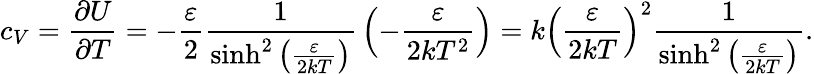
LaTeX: c_{V}={\frac{\partial U}{\partial T}}=-{\frac{\varepsilon}{2}}{\frac{1}{\sinh^{2}\left({\frac{\varepsilon}{2kT}}\right)}}\left(-{\frac{\varepsilon}{2kT^{2}}}\right)=k\left({\frac{\varepsilon}{2kT}}\right)^{2}{\frac{1}{\sinh^{2}\left({\frac{\varepsilon}{2kT}}\right)}}.